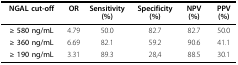
| NGAL cut-off | OR | Sensitivity (%) | Specificity (%) | NPV (%) | PPV (%) |
 | --- | --- | --- | --- | --- | --- |
 | ≥ 580 ng/mL | 4.79 | 50.0 | 82.7 | 82.7 | 50.0 |
 | ≥ 360 ng/mL | 6.69 | 82.1 | 59.2 | 90.6 | 41.1 |
 | ≥ 190 ng/mL | 3.31 | 89.3 | 28,4 | 88.5 | 30.1 |